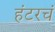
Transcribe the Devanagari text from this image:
हंटरचं